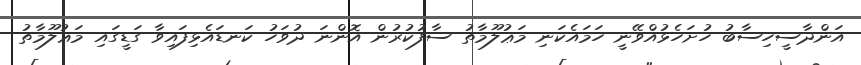
އަންދާސީހިސާބު ހުށަހެޅުއްވޭނީ ހަމައެކަނި މަޢުލޫމާތު ސާފުކުރުން އޮންނަ ދުވަހު ކަނޑައެޅިފައިވާ ގަޑީގައި މަޢުލޫމާތު